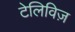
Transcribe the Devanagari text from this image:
टेलिविज़